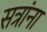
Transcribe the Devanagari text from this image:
सत्रांना